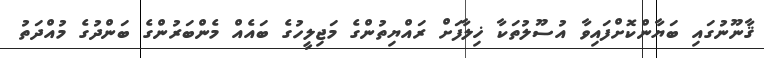
ޤާނޫނުގައި ބަޔާންކޮށްފައިވާ އުސޫލުތަކާ ޚިލާފަށް ރައްޔިތުންގެ މަޖިލީހުގެ ބައެއް މެންބަރުންގެ ބަންދުގެ މުއްދަތު